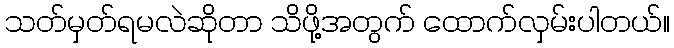
သတ်မှတ်ရမလဲဆိုတာ သိဖို့အတွက် ထောက်လှမ်းပါတယ်။